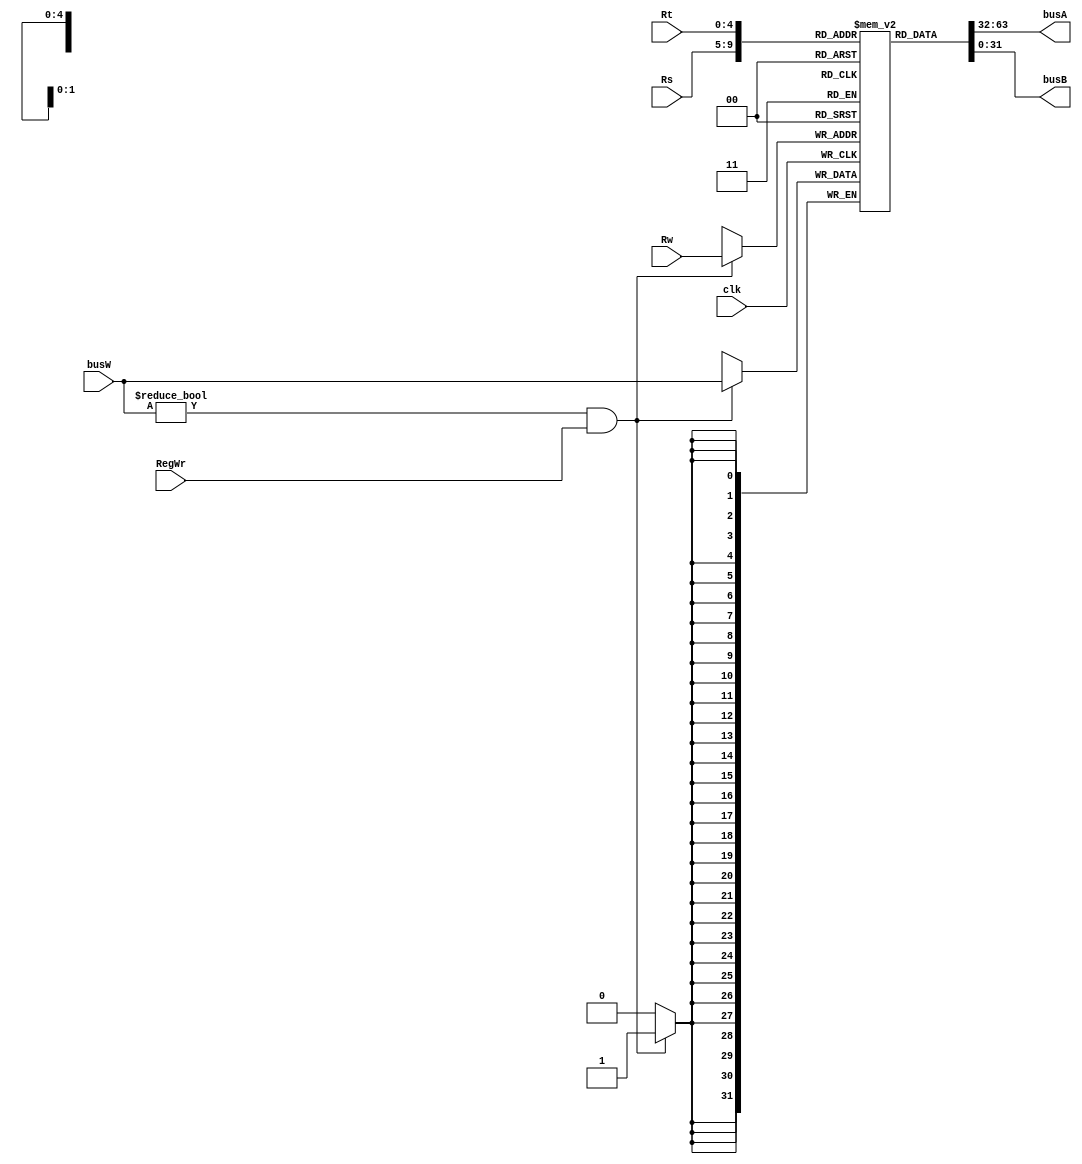
module REG(Rs,Rt,Rw,RegWr,clk,busA,busB,busW);
	input [4:0] Rs;
	input [4:0] Rt;
	input [4:0] Rw;
	input [31:0] busW;
	input clk;
	input RegWr;
	output [31:0] busA;
	output [31:0] busB;
	reg [31:0] register [31:0];
	integer i;
	
	initial 
	begin
		for(i = 0;i < 32;i = i + 1)
			register[i] = 32'h00000000;
	end
	
	assign busA = register[Rs];
	assign busB = register[Rt];
	
	always @(posedge clk)
	begin
		if((busW != 0) && (RegWr == 1))
			register[Rw] = busW;
	end
endmodule